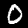
Digit: 0